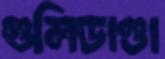
গুলিডাণ্ডা